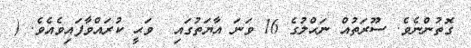
ގޮތުންނެވެ. ސޫރަތުއް ނަޙްލުގެ 16 ވަނަ އާޔަތުގައި  ވަޙީ ކުރައްވާފައިވެއެވެ. (